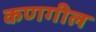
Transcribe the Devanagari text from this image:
कणगील